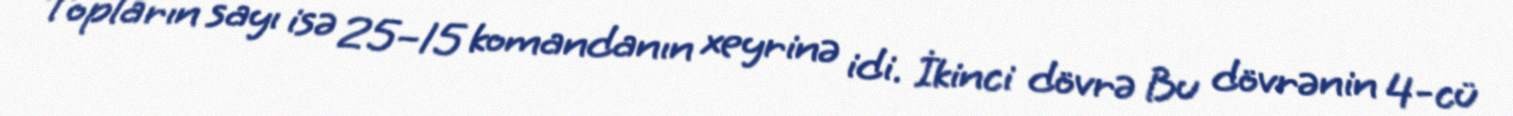
Topların sayı isə 25–15 komandanın xeyrinə idi. İkinci dövrə Bu dövrənin 4-cü